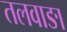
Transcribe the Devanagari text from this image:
तलवाङा